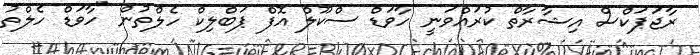
ރާޖަޕަކްސް އިޝާރާތް ކުރައްވަނީ ހާވަޑް ސްކޫލް އޮފް ޕަބްލިކް ހެލްތުން "ހާވަޑް ހެލްތު